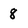
Character: 8